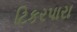
ટિકરપારા